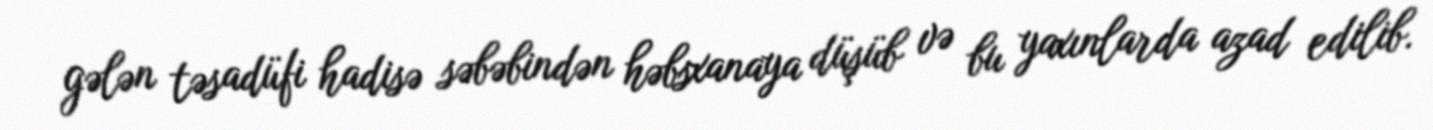
gələn təsadüfi hadisə səbəbindən həbsxanaya düşüb və bu yaxınlarda azad edilib.